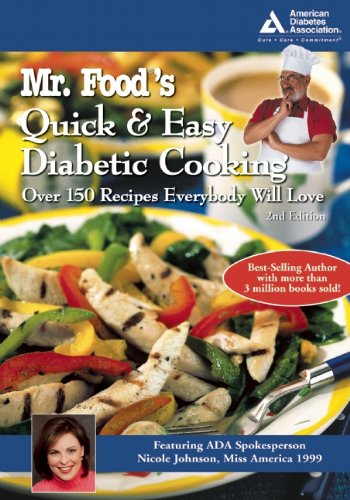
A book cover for Mr. Food's Quick and Easy Diabetic Cooking; Art Ginsburg; Health, Fitness & Dieting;